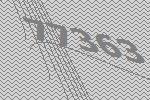
77363